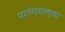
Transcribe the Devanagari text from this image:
पटांगणाच्या